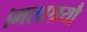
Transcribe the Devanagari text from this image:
।मलाश्रयौ